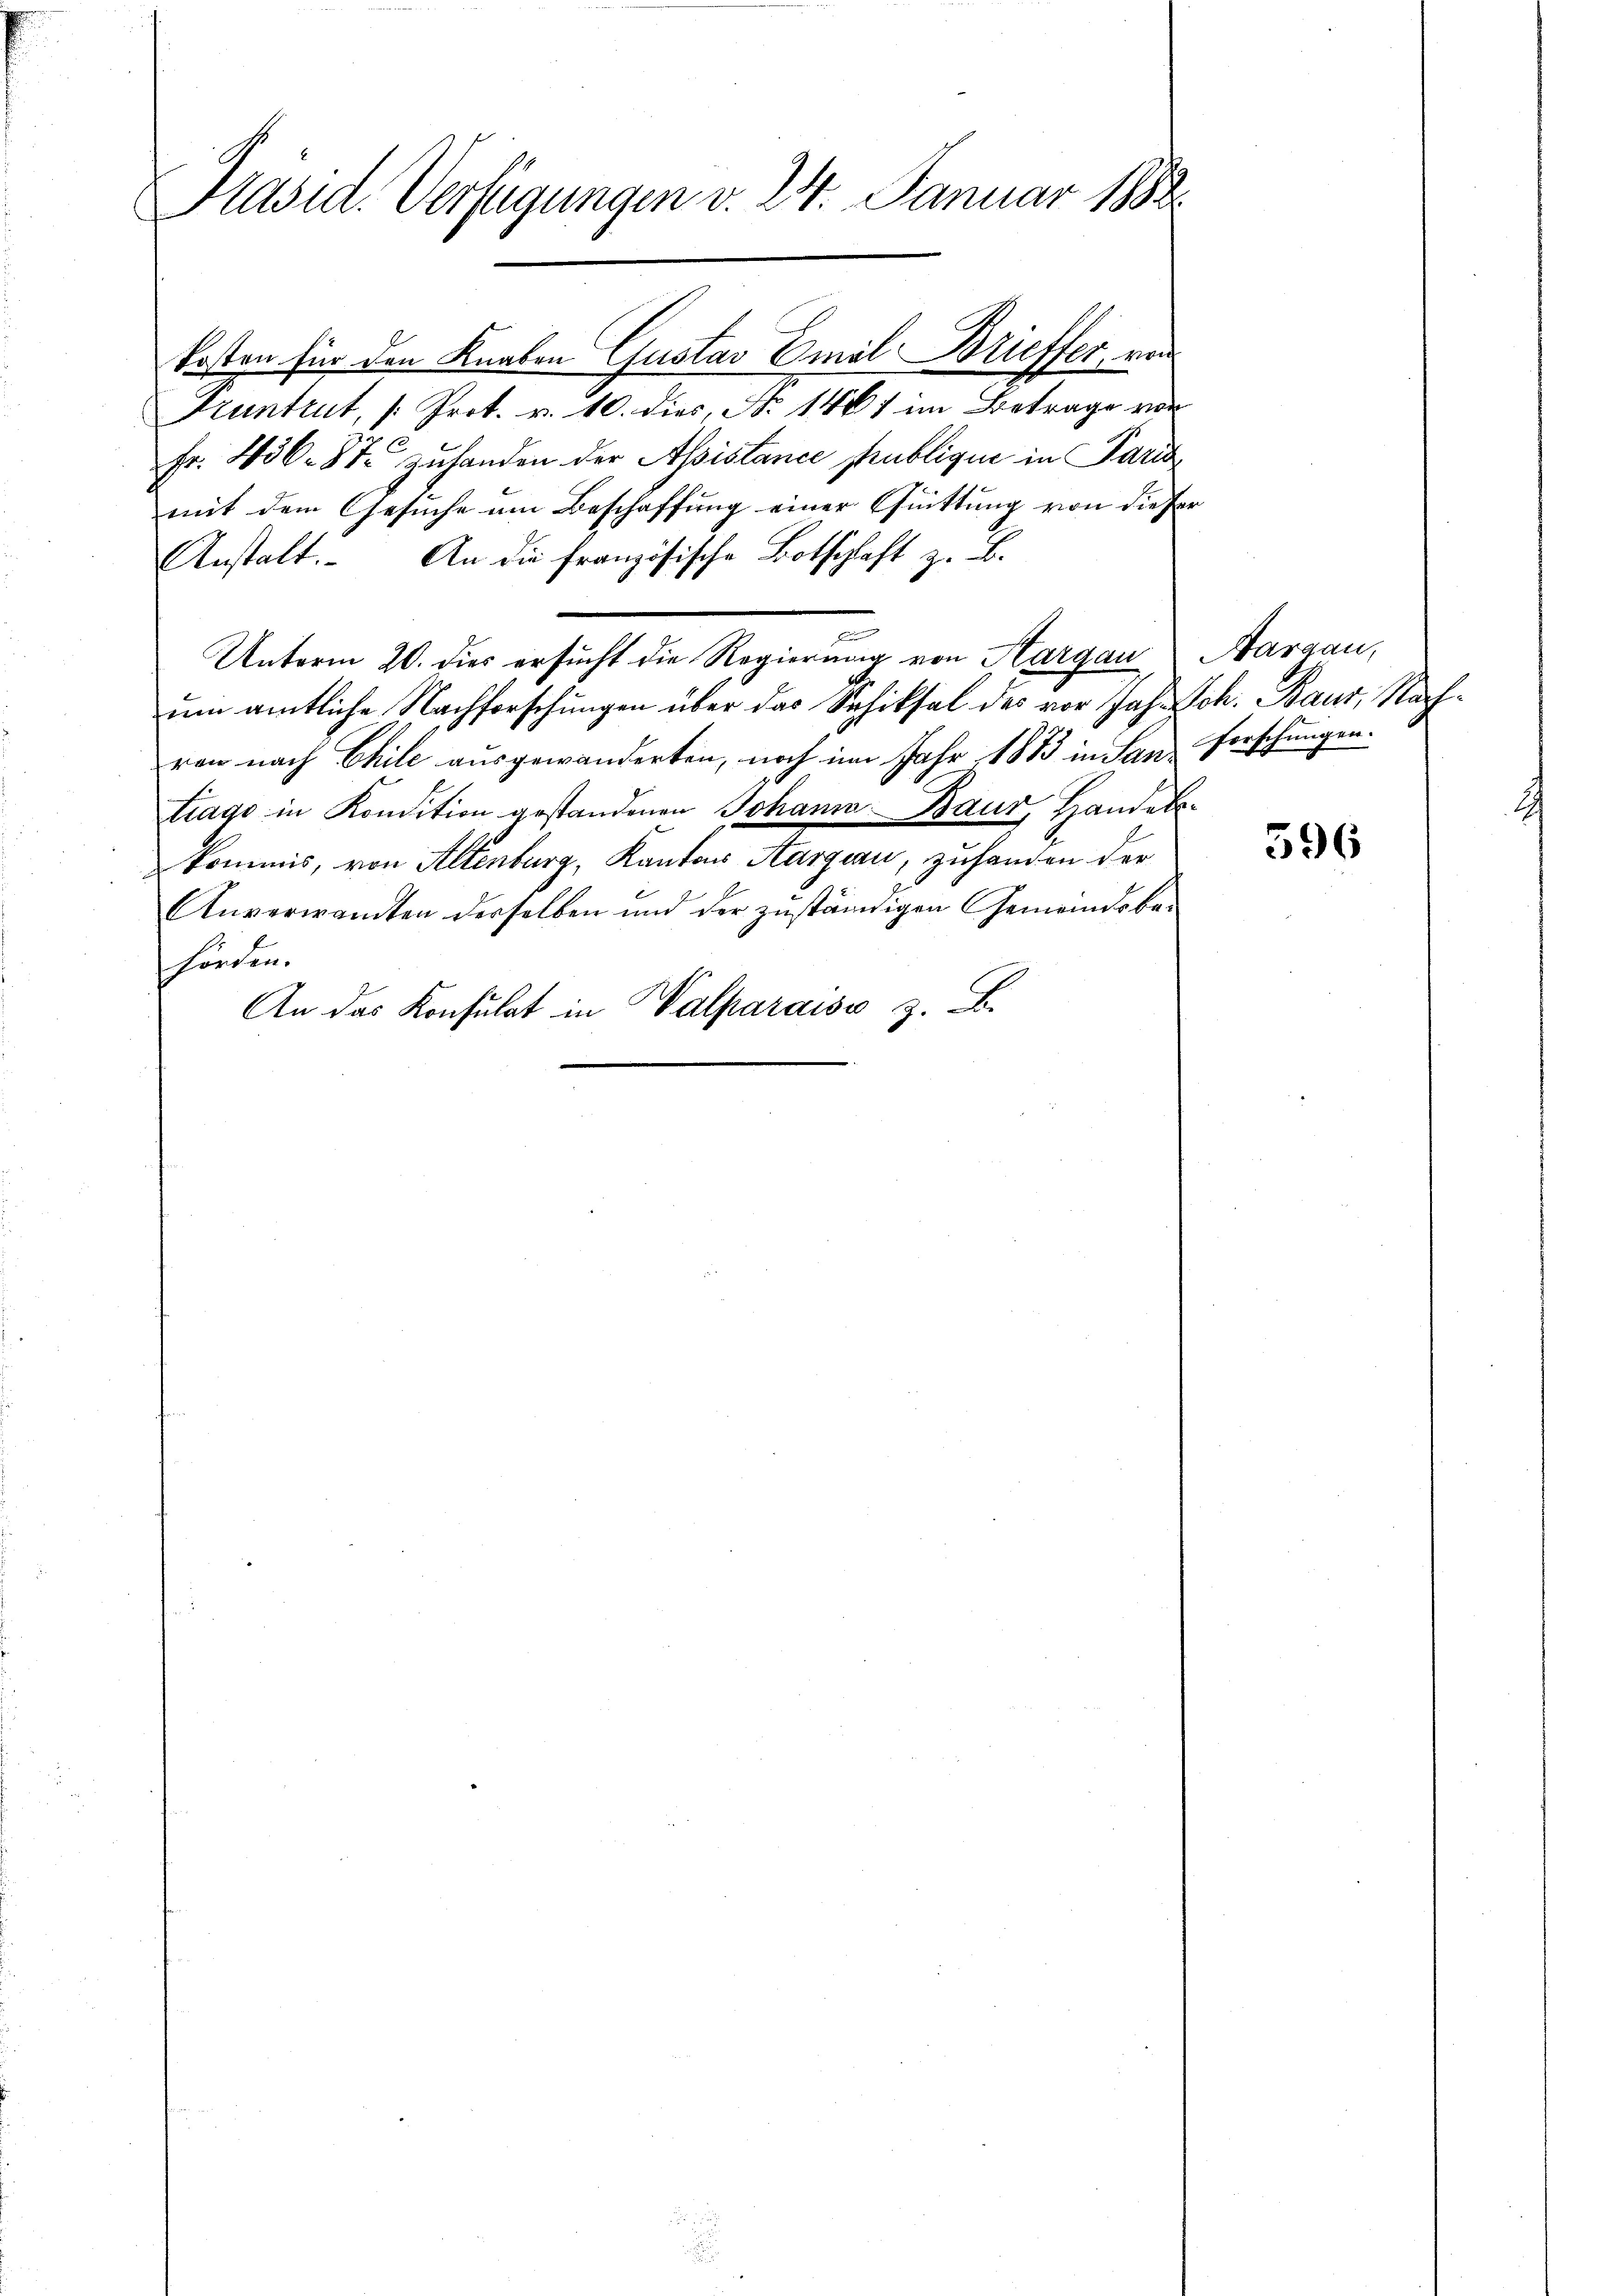
Präsid. Verfügungen v. 24. Januar 1882

kosten für den Knaben Gustav Emil Brieffer, von
Fruntrut, /: Prot. v. 10. dies, No 1467 im Betrage vor
Fr. 436. 87 zuhanden der Assistance strubligen in Paris
mit dem Gesuche am Beschaffung einer Quittung von die Her
Anstalt. An die französische Botschaft z. B.
Unterm 20. dies ersucht die Regierung von Aargau, Aargau,
um amtliche Nachforschungen über das Schiksal des vor Joh. Sch. Baur, Nachren nach Chile ausgewanderten, noch im Jahr 1883 in San Forschungen.
trage in Kondition gestandenen Johann Baur, Handels-
kommis, von Altenburg, Kantons Aargau, zu handen der
Anverwandten derselben und der zŭständigen Gemeindsbe-
hörden.
An das Konsulat in Walparaiss z. B.

596